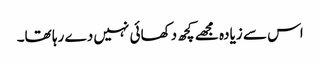
اس سے زیادہ مجھے کچھ دکھائی نہیں دے رہا تھا۔